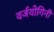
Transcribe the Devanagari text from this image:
वर्जयोगिनी